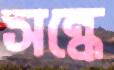
সন্ধে